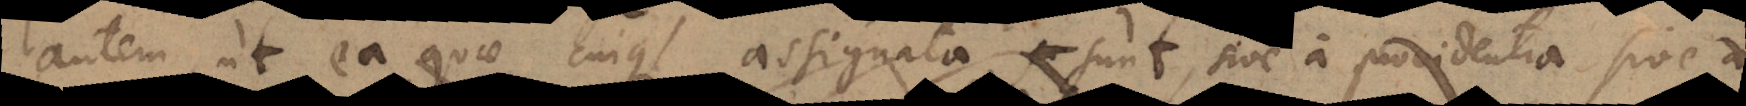
autem, ut ea quae cuique assignata sunt, sive a providenti